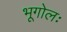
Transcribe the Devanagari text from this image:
भूगोलः